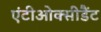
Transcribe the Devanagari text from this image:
एंटीओक्सीडैंट